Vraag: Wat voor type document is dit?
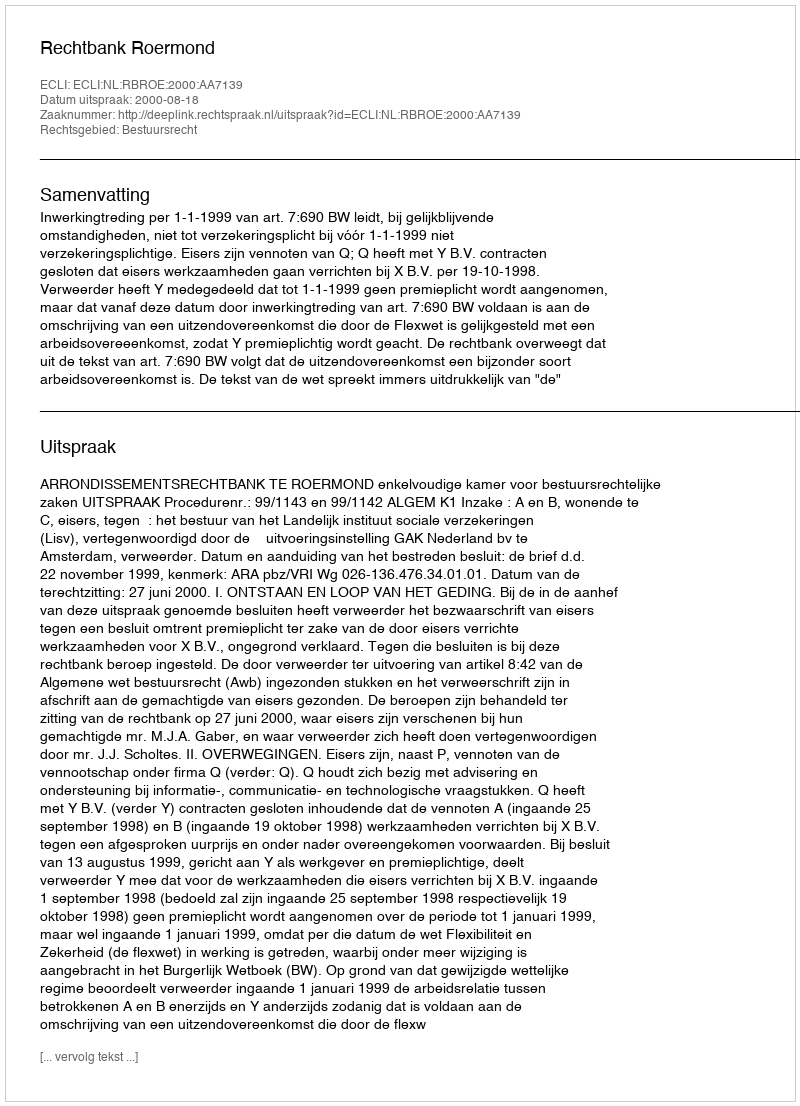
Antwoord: Uitspraak